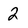
Character: 2